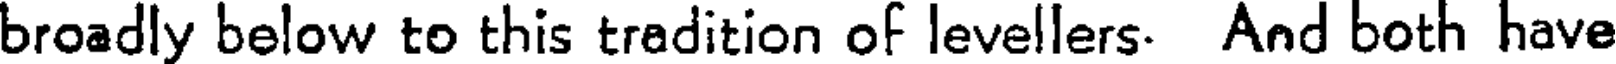
broadly below to this tradition of levellers. And both have